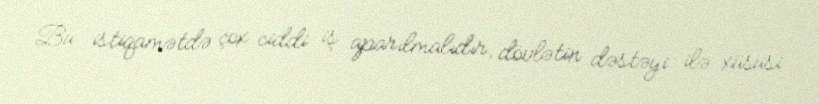
Bu istiqamətdə çox ciddi iş aparılmalıdır, dövlətin dəstəyi ilə xüsusi